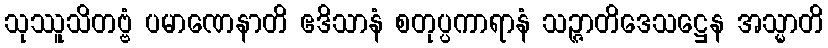
သုဿူသိတဗ္ဗံ ပမာဏေနာတိ ဧဒိသာနံ စတုပ္ပကာရာနံ သဉ္ဇာတိဒေသဋ္ဌေန အသ္မာတိ